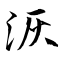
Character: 洃